Civil Veterinary Dept. Bombay admin report 1893-99 - 1893-1899
Year: 1893
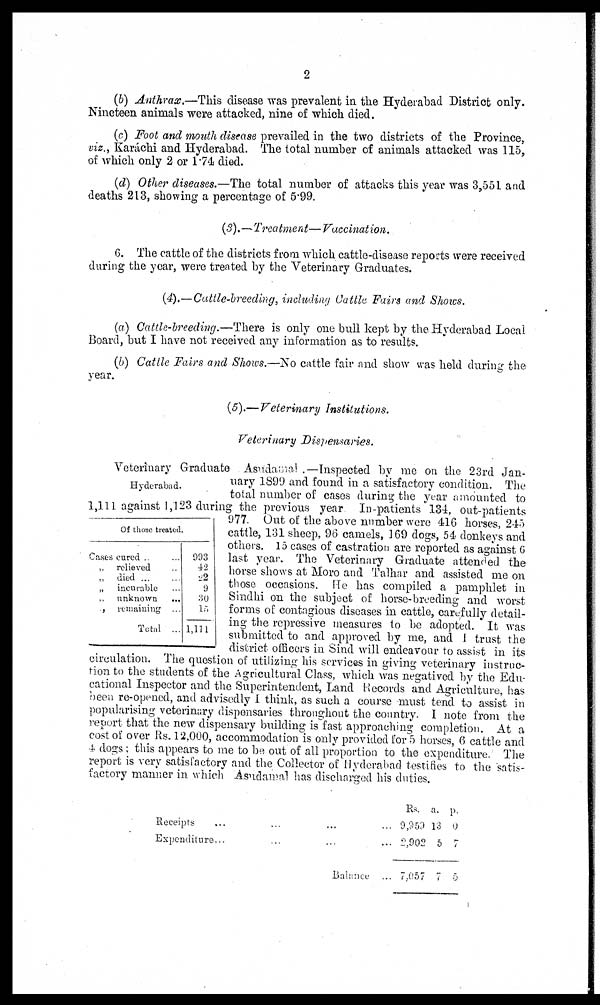
2
(b) Anthrax.—This disease was prevalent in the Hyderabad District only.
Nineteen animals were attacked, nine of which died.
(c) Foot and mouth disease prevailed in the two districts of the Province,
viz., Karáchi and Hyderabad. The total number of animals attacked was 115,
of which only 2 or 1.74 died.
(d) Other diseases.—The total number of attacks this year was 3,551 and
deaths 213, showing a percentage of 5.99.
(3).—Treatment— Vaccination.
6. The cattle of the districts from which cattle-disease reports were received
during the year, were treated by the Veterinary Graduates.
(4).—Cattle-breeding, including Cattle Fairs and Shows.
(a) Cattle-breeding.—There is only one bull kept by the Hyderabad Local
Board, but I have not received any information as to results.
(b) Cattle Fairs and Shows.—No cattle fair and show was held during the
year.
(5).—Veterinary Institutions.
Veterinary Dispensaries.
Hyderabad.
Of those treated.
Cases cured .. ...
„ relieved ...
„ died
...
...
„ incurable ...
„ unknown ...
„ remaining ...
Total ...
993
42
22
9
30
15
1,111
Veterinary Graduate Asudamal .—Inspected by me on the 23rd Jan-
uary 1899 and found in a satisfactory condition. The
total number of cases during the year amounted to
1,111 against 1,123 during the previous year. In-patients 134, out-patients
977. Out of the above number were 416 horses, 245
cattle, 131 sheep, 96 camels, 169 dogs, 54 donkeys and
others. 15 cases of castration are reported as against 6
last year. The Veterinary Graduate attended the
horse shows at Moro and Talhar and assisted me on
those occasions. He has compiled a pamphlet in
Sindhi on the subject of horse-breeding and worst
forms of contagious diseases in cattle, carefully detail-
ing the repressive measures to be adopted. It was
submitted to and approved by me, and I trust the
district officers in Sind will endeavour to assist in its
circulation. The question of utilizing his services in giving veterinary instruc-
tion to the students of the Agricultural Class, which was negatived by the Edu-
cational Inspector and the Superintendent, Land Records and Agriculture, has
been re-opened, and advisedly I think, as such a course must tend to assist in
popularising veterinary dispensaries throughout the country. I note from the
report that the new dispensary building is fast approaching completion. At a
cost of over Rs. 12,000, accommodation is only provided for 5 horses, 6 cattle and
4 dogs; this appears to me to be out of all proportion to the expenditure. The
report is very satisfactory and the Collector of Hyderabad testifies to the satis-
factory manner in which Asudamal has discharged his duties.
Receipts ... ... ... ...
Expenditure ... ... ... ...
Balance ...
Rs.
9,959
2,902
7,057
a.
13
5
7
p.
0
7
5